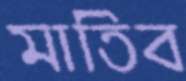
মাতিব